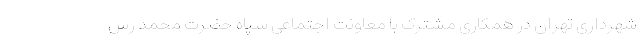
شهرداری تهران در همکاری مشترک با معاونت اجتماعی سپاه حضرت محمد رس